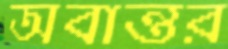
অবান্তর